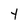
Character: t